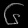
Digit: ၆